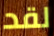
لقد